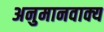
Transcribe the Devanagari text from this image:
अनुमानवाक्य